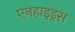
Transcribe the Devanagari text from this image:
एनहाइड्रस